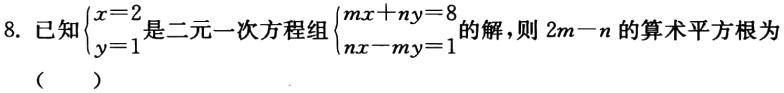
8. 已知$\begin{cases}x = 2\\y = 1\end{cases}$是二元一次方程组$\begin{cases}mx + ny = 8\\nx - my = 1\end{cases}$的解，则$2m - n$的算术平方根为（  ）